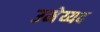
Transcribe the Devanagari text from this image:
उमेय्यद